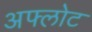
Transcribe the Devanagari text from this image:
अफ्लोट